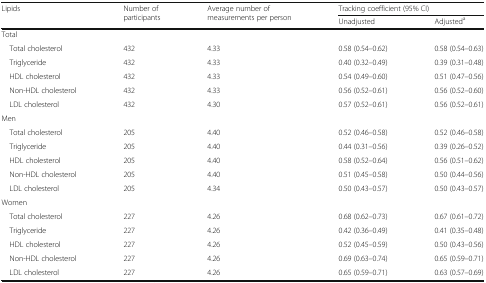
<table><thead><tr><td rowspan="2"><b>Lipids</b></td><td rowspan="2"><b>Number of participants</b></td><td rowspan="2"><b>Average number of measurements per person</b></td><td colspan="2"><b>Tracking coefficient (95% CI)</b></td></tr><tr><td><b>Unadjusted</b></td><td><b>Adjusted<sup>a</sup></b></td></tr></thead><tbody><tr><td colspan="5">Total</td></tr><tr><td> Total cholesterol</td><td>432</td><td>4.33</td><td>0.58 (0.54–0.62)</td><td>0.58 (0.54–0.63)</td></tr><tr><td> Triglyceride</td><td>432</td><td>4.33</td><td>0.40 (0.32–0.49)</td><td>0.39 (0.31–0.48)</td></tr><tr><td> HDL cholesterol</td><td>432</td><td>4.33</td><td>0.54 (0.49–0.60)</td><td>0.51 (0.47–0.56)</td></tr><tr><td> Non-HDL cholesterol</td><td>432</td><td>4.33</td><td>0.56 (0.52–0.61)</td><td>0.56 (0.52–0.60)</td></tr><tr><td> LDL cholesterol</td><td>432</td><td>4.30</td><td>0.57 (0.52–0.61)</td><td>0.56 (0.52–0.61)</td></tr><tr><td colspan="5">Men</td></tr><tr><td> Total cholesterol</td><td>205</td><td>4.40</td><td>0.52 (0.46–0.58)</td><td>0.52 (0.46–0.58)</td></tr><tr><td> Triglyceride</td><td>205</td><td>4.40</td><td>0.44 (0.31–0.56)</td><td>0.39 (0.26–0.52)</td></tr><tr><td> HDL cholesterol</td><td>205</td><td>4.40</td><td>0.58 (0.52–0.64)</td><td>0.56 (0.51–0.62)</td></tr><tr><td> Non-HDL cholesterol</td><td>205</td><td>4.40</td><td>0.51 (0.45–0.58)</td><td>0.50 (0.44–0.56)</td></tr><tr><td> LDL cholesterol</td><td>205</td><td>4.34</td><td>0.50 (0.43–0.57)</td><td>0.50 (0.43–0.57)</td></tr><tr><td colspan="5">Women</td></tr><tr><td> Total cholesterol</td><td>227</td><td>4.26</td><td>0.68 (0.62–0.73)</td><td>0.67 (0.61–0.72)</td></tr><tr><td> Triglyceride</td><td>227</td><td>4.26</td><td>0.42 (0.36–0.49)</td><td>0.41 (0.35–0.48)</td></tr><tr><td> HDL cholesterol</td><td>227</td><td>4.26</td><td>0.52 (0.45–0.59)</td><td>0.50 (0.43–0.56)</td></tr><tr><td> Non-HDL cholesterol</td><td>227</td><td>4.26</td><td>0.69 (0.63–0.74)</td><td>0.65 (0.59–0.71)</td></tr><tr><td> LDL cholesterol</td><td>227</td><td>4.26</td><td>0.65 (0.59–0.71)</td><td>0.63 (0.57–0.69)</td></tr></tbody></table>